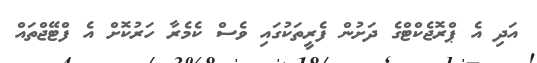
އަދި އެ ޕްރޮޖެކްޓްގެ ދަށުން ފެރީތަކުގައި ވެސް ކެމެރާ ހަރުކޮށް އެ ފްޓޭޖްތައް